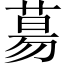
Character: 𦳝